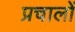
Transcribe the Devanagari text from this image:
प्रचालों